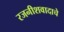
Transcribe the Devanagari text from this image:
रजनीशवादाचे